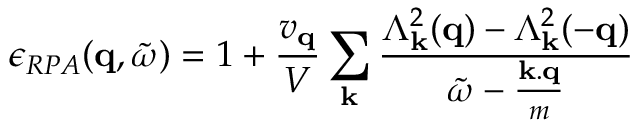
\epsilon _ { R P A } ( { \bf { q } } , { \tilde { \omega } } ) = 1 + \frac { v _ { { \bf { q } } } } { V } \sum _ { { \bf { k } } } \frac { \Lambda _ { { \bf { k } } } ^ { 2 } ( { \bf { q } } ) - \Lambda _ { { \bf { k } } } ^ { 2 } ( - { \bf { q } } ) } { { \tilde { \omega } } - \frac { { \bf { k . q } } } { m } }